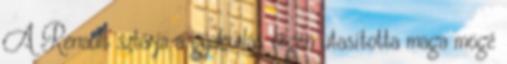
A Renault sztárja a gyakorlás végén utasította maga mögé